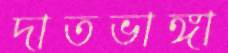
দাতভাঙ্গা